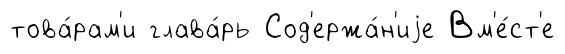
това́рам'и глава́рь Сод'ержа́н'иjе Вм'е́ст'е